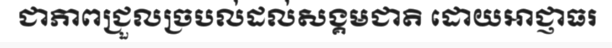
ជាភាពជ្រួលច្របល់ដល់សង្គមជាតិ ដោយអាជ្ញាធរ